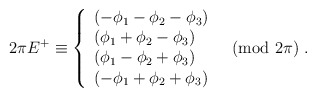
\begin{align*}2 \pi E^{+} \equiv \left\{ \begin{array}{l} (-\phi_{1}-\phi_{2}-\phi_{3})\\ (\phi_{1}+\phi_{2}-\phi_{3})\\ (\phi_{1}-\phi_{2}+\phi_{3})\\ (-\phi_{1}+\phi_{2}+\phi_{3}) \end{array}\quad \mbox{(mod $2\pi$)}~.\right.\end{align*}